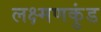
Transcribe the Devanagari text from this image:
लक्ष्मणकुंड